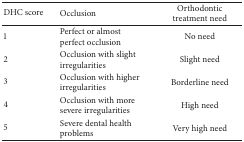
<table><thead><tr><td><b>DHC score</b></td><td><b>Occlusion</b></td><td><b>Orthodontic treatment need</b></td></tr></thead><tbody><tr><td>1</td><td>Perfect or almost perfect occlusion</td><td>No need</td></tr><tr><td>2</td><td>Occlusion with slight irregularities</td><td>Slight need</td></tr><tr><td>3</td><td>Occlusion with higher irregularities</td><td>Borderline need</td></tr><tr><td>4</td><td>Occlusion with more severe irregularities</td><td>High need</td></tr><tr><td>5</td><td>Severe dental health problems</td><td>Very high need</td></tr></tbody></table>